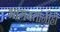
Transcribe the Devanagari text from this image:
भागवतांनीही